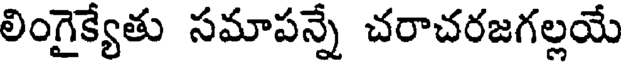
లింగైక్యేతు సమాపన్నే చరాచరజగల్లయే